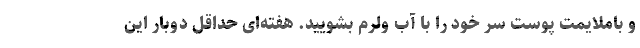
و باملایمت پوست سر خود را با آب ولرم بشویید. هفته­ای حداقل دوبار این